Report on vaccination in Madras 1904-1921 - 1904-1921
Year: 1904
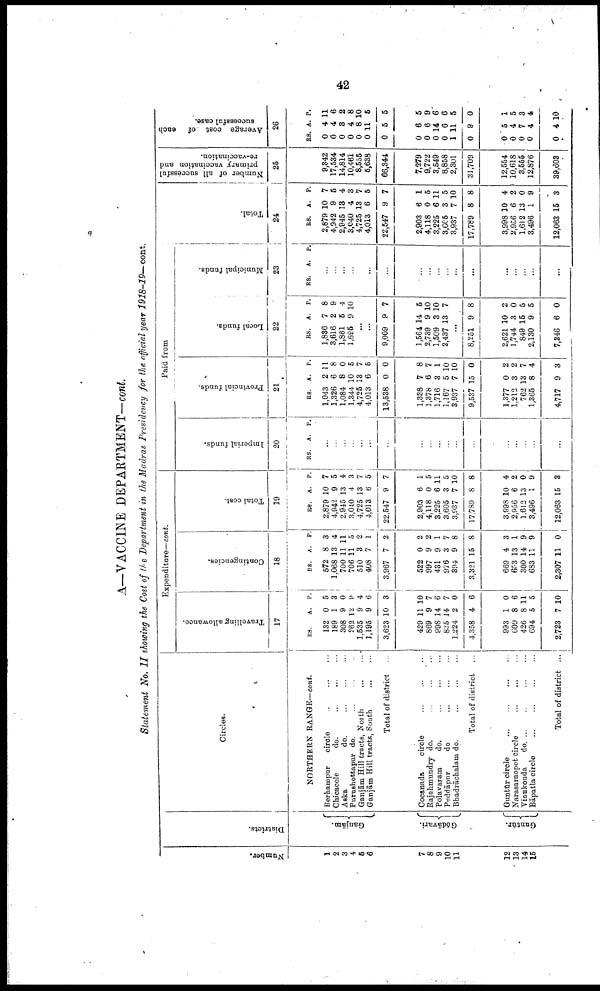
42
A—VACCINE DEPARTMENT—cont.
Statement No. II showing the Cost of the Department in the Madras Presidency for the official year 1918-19—cont.
Number.
1
2
3
4
5
6
7
8
9
10
11
12
13
14
15
Districts.
Ganjām.
Gōdāvari.
Guntūr.
Circles.
NORTHERN RANGE—cont.
Berhampur
circle ... ... ...
Chicacole
do.
...
...
...
Aska
do.
...
...
...
Putushottapur do. ... ... ...
Ganjām Hill tracts, North
...
...
Ganjām Hill tracts, South
...
...
Total of district ...
Cocanada
circle
...
...
...
Rajahmundry do. ... ... ...
Polavaram
do.
...
...
...
Peddāpur
do
...
...
...
Bhadrāchalam do.
...
...
...
Total of district ...
Guntūr circle
...
...
...
...
Narasaraopet circle
...
...
...
Vinukonda
do. ... ... ... ...
Bāpatla circle
...
...
...
...
Total of district ...
Expenditure— cont.
Travelling allowance.
17
RS.
132
189
308
262
1,535
1,195
3,623
429
869
998
835
1,224
4,358
993
609
426
694
2,723
A.
0
1
9
12
9
9
10
11
9
14
14
2
4
1
8
8
5
7
P.
5
3
0
9
4
6
3
10
7
6
7
0
6
0
6
11
5
10
Contingencies.
18
Rs.
572
1,068
700
706
510
408
3,967
522
997
431
976
394
3,321
669
653
300
683
2,307
A.
8
13
11
11
3
7
7
0
9
9
3
9
15
4
13
14
11
11
P.
3
4
11
5
2
1
2
2
2
1
7
8
8
3
1
9
9
0
Total cost.
19
RS.
2,879
4,942
2,945
3,010
4,725
4,013
22,547
2,903
4,118
3,225
3,605
3,937
17,789
3,998
2,956
1,612
3,496
12,063
A.
10
9
13
4
13
6
9
6
0
6
3
7
8
10
6
13
1
15
P.
7
5
4
3
7
5
7
1
5
11
5
10
8
4
2
0
9
8
Paid from
Imperial funds.
20
RS. A. P.
...
...
...
...
...
...
...
...
...
...
...
...
...
...
...
...
...
...
Provincial funds.
21
RS.
1,043
1,326
1,084
1,344
4,725
4,013
13,538
1,338
1,378
1,716
1,167
3,937
9,537
1,377
1,212
762
1,365
4,717
A.
2
6
8
10
13
6
0
7
6
3
5
7
15
0
3
13
8
9
P.
11
8
0
5
7
5
0
8
7
1
10
10
0
2
2
7
4
3
Local funds.
22
RS.
1,836
3,616
1,861
1,695
A.
7
2
5
9
p.
8
9
4
10
...
...
9,009
1,564
2,739
1,509
2,437
9
14
9
3
13
7
5
10
10
7
...
8,251
2,621
1,744
849
2,130
7,346
9
10
3
15
9
6
8
2
0
5
5
0
Municipal funds.
23
RS.
A. P.
...
...
...
...
...
...
...
...
...
...
...
...
...
...
...
...
...
...
Total.
24
RS.
2,879
4,942
2,945
3,040
4,725
4,013
22,547
2,903
4,118
3,225
8,605
3,937
17,789
3,998
2,956
1,612
3,496
12,063
A.
10
9
13
4
13
6
9
6
0
6
3
7
8
10
6
13
1
15
P.
7
5
4
3
7
5
7
1
5
11
5
10
8
4
2
0
9
3
Number of all successful
primary vaccination and
re-vaccination.
25
9,342
17,534
14,814
10,461
8,555
5,638
66,344
7,279
9,722
3,549
8,858
2,301
31,709
12,554
10,618
3,555
12,876
39,603
Average cost of each
successful case.
26
Rs.
0
0
0
0
0
0
0
0
0
0
0
1
0
0
0
0
0
0
A.
4
4
3
4
8
11
5
6
6
14
6
11
9
5
4
7
4
4
P.
11
6
2
8
10
5
5
5
9
6
6
5
0
1
5
3
4
10